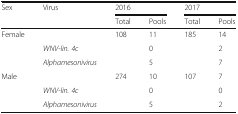
<table><thead><tr><td rowspan="2"><b>Sex</b></td><td rowspan="2"><b>Virus</b></td><td colspan="2"><b>2016</b></td><td colspan="2"><b>2017</b></td></tr><tr><td><b>Total</b></td><td><b>Pools</b></td><td><b>Total</b></td><td><b>Pools</b></td></tr></thead><tbody><tr><td rowspan="3">Female</td><td></td><td>108</td><td>11</td><td>185</td><td>14</td></tr><tr><td><i>WNV-lin. 4c</i></td><td></td><td>0</td><td></td><td>2</td></tr><tr><td><i>Alphamesonivirus</i></td><td></td><td>5</td><td></td><td>7</td></tr><tr><td rowspan="3">Male</td><td></td><td>274</td><td>10</td><td>107</td><td>7</td></tr><tr><td><i>WNV-lin. 4c</i></td><td></td><td>0</td><td></td><td>0</td></tr><tr><td><i>Alphamesonivirus</i></td><td></td><td>5</td><td></td><td>2</td></tr></tbody></table>